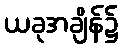
ယခုအချိန်၌